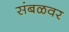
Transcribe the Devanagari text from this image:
संबळवर